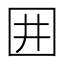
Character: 囲